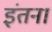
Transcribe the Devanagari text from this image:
इंतना